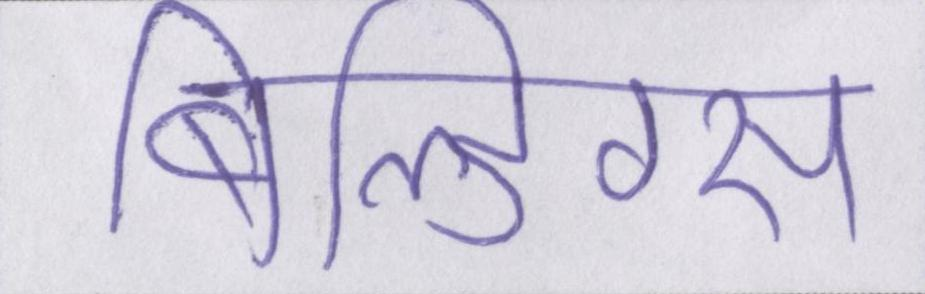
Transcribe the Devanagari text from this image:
बिल्डिंग्स